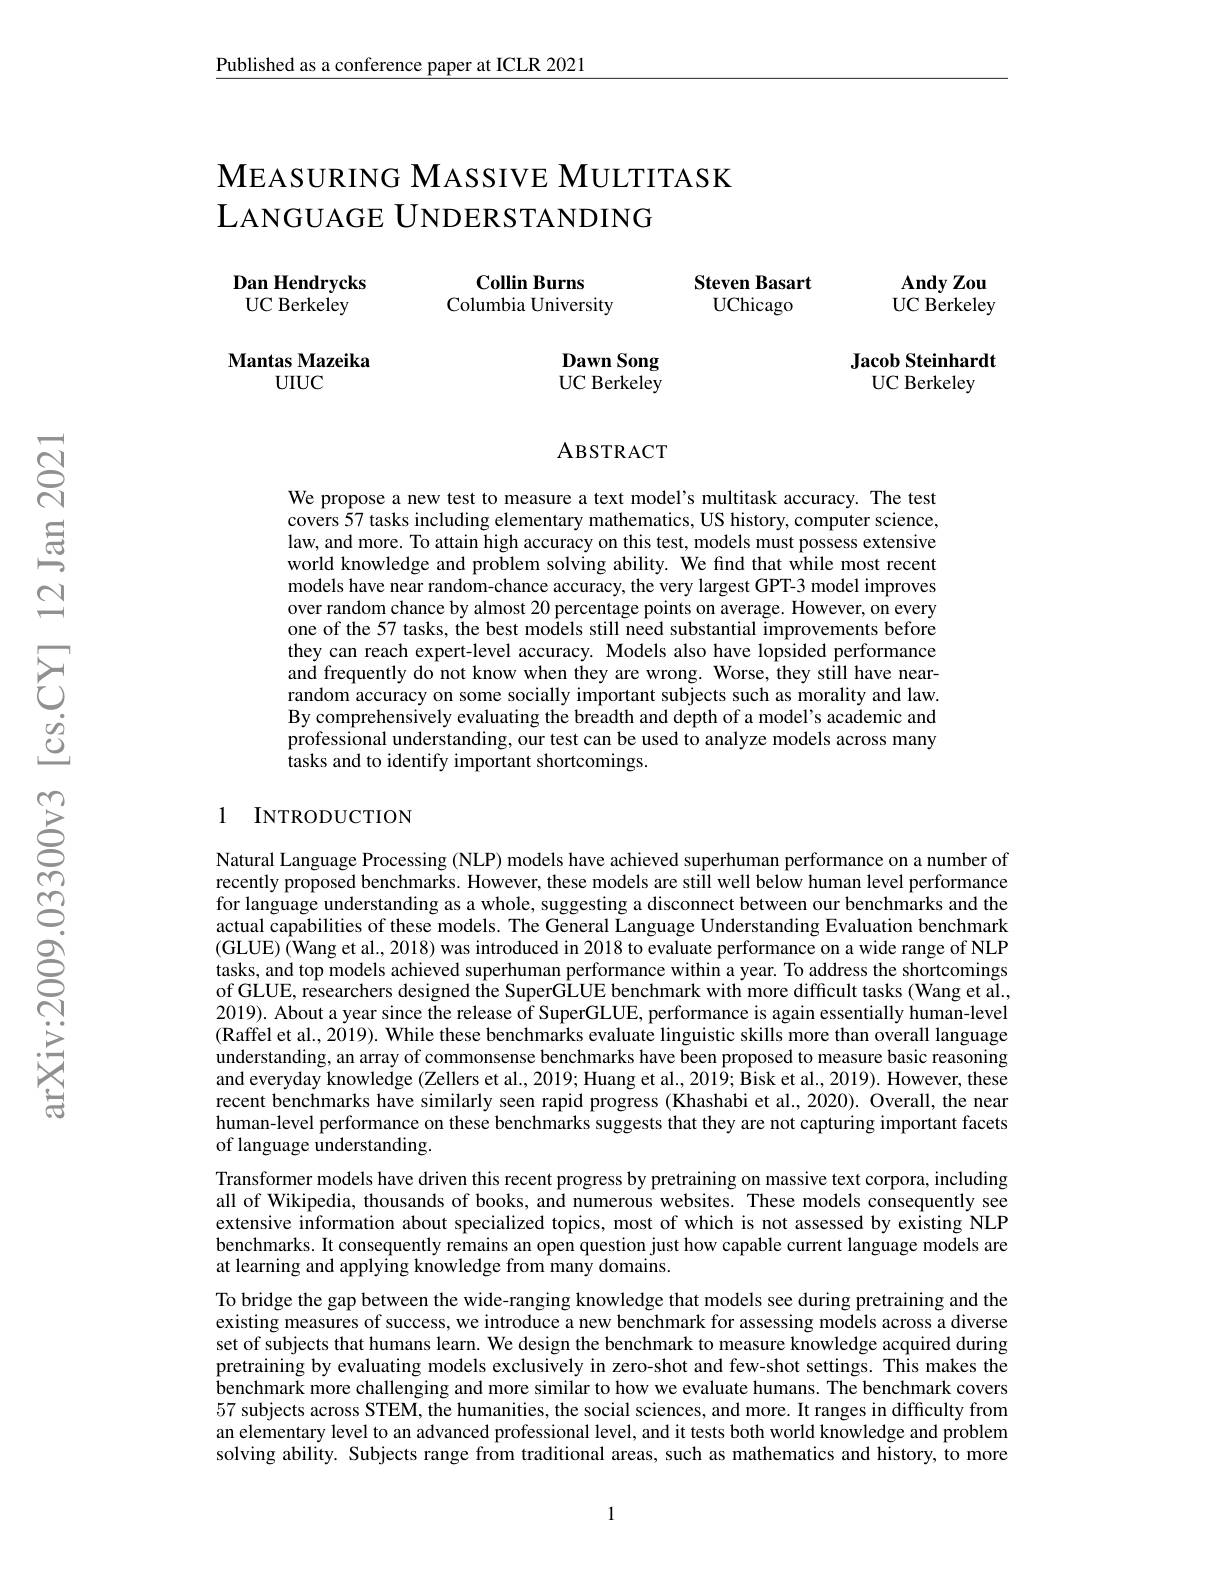
$\underline{\text{Published as a conference paper at ICLR 2021}}$

# $\mathbf{M}$EASURING MASSIVE MULTITASK LANGUAGE UNDERSTANDING

$\mathbf{AndyZou}$

Steven Basart

Dan Hendrycks UC Berkeley

Collin Burns
Columbia University

UC Berkeley

UChicago

Mantas Mazeika
UIUC

Dawn Song UC Berkeley

## Jacob Steinhardt UC Berkeley

## ABSTRACT

We propose a new test to measure a text model's multitask accuracy. The test covers 57 tasks including elementary mathematics, US history, computer science, law, and more. To attain high accuracy on this test, models must possess extensive world knowledge and problem solving ability. We find that while most recent models have near random-chance accuracy, the very largest GPT-3 model improves over random chance by almost 20 percentage points on average. However, on every one of the 57 tasks, the best models still need substantial improvements before they can reach expert-level accuracy. Models also have lopsided performance and frequently do not know when they are wrong. Worse, they still have nearrandom accuracy on some socially important subjects such as morality and law. By comprehensively evaluating the breadth and depth of a model's academic and professional understanding, our test can be used to analyze models across many tasks and to identify important shortcomings.

### 1 INTRODUCTION

Natural Language Processing (NLP) models have achieved superhuman performance on a number of recently proposed benchmarks. However, these models are still well below human level performance for language understanding as a whole, suggesting a disconnect between our benchmarks and the actual capabilities of these models. The General Language Understanding Evaluation benchmark (GLUE) (Wang et al., 2018) was introduced in 2018 to evaluate performance on a wide range of NLP tasks, and top models achieved superhuman performance within a year. To address the shortcomings of GLUE, researchers designed the SuperGLUE benchmark with more difficult tasks (Wang et al., 2019). About a year since the release of SuperGLUE, performance is again essentially human-level (Raffel et al., 2019). While these benchmarks evaluate linguistic skills more than overall language understanding, an array of commonsense benchmarks have been proposed to measure basic reasoning and everyday knowledge (Zellers et al., 2019; Huang et al., 2019; Bisk et al., 2019). However, these recent benchmarks have similarly seen rapid progress (Khashabi et al., 2020). Overall, the near human-level performance on these benchmarks suggests that they are not capturing important facets of language understanding.
Transformer models have driven this recent progress by pretraining on massive text corpora, including all of Wikipedia, thousands of books, and numerous websites. These models consequently see extensive information about specialized topics, most of which is not assessed by existing NLP benchmarks. It consequently remains an open question just how capable current language models are at learning and applying knowledge from many domains.
To bridge the gap between the wide-ranging knowledge that models see during pretraining and the existing measures of success, we introduce a new benchmark for assessing models across a diverse set of subjects that humans learn. We design the benchmark to measure knowledge acquired during pretraining by evaluating models exclusively in zero-shot and few-shot settings. This makes the benchmark more challenging and more similar to how we evaluate humans. The benchmark covers 57 subjects across STEM, the humanities, the social sciences, and more. It ranges in difficulty from an elementary level to an advanced professional level, and it tests both world knowledge and problem solving ability. Subjects range from traditional areas, such as mathematics and history, to more

1